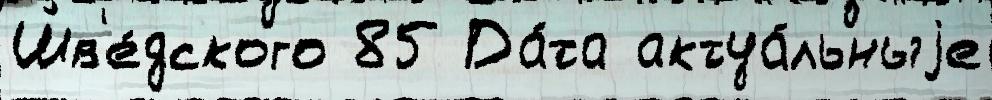
Шв'е́дского 85 Да́та актуа́льныjе